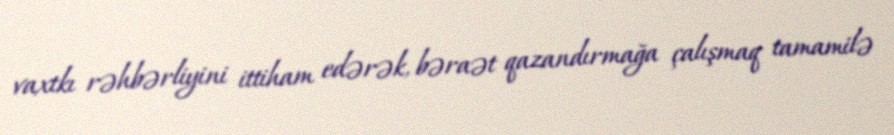
vaxtkı rəhbərliyini ittiham edərək, bəraət qazandırmağa çalışmaq tamamilə